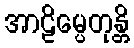
အာဠိမ္ပေတုန္တိ